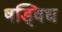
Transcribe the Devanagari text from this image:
षड्विध